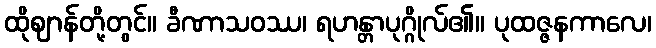
ထိုဈာန်တို့တွင်။ ခီဏာသဝဿ၊ ရဟန္တာပုဂ္ဂိုလ်၏။ ပုထဇ္ဇနကာလေ၊